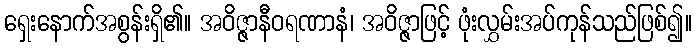
ရှေးနောက်အစွန်းရှိ၏။ အဝိဇ္ဇာနီဝရဏာနံ၊ အဝိဇ္ဇာဖြင့် ဖုံးလွှမ်းအပ်ကုန်သည်ဖြစ်၍။